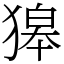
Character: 獆